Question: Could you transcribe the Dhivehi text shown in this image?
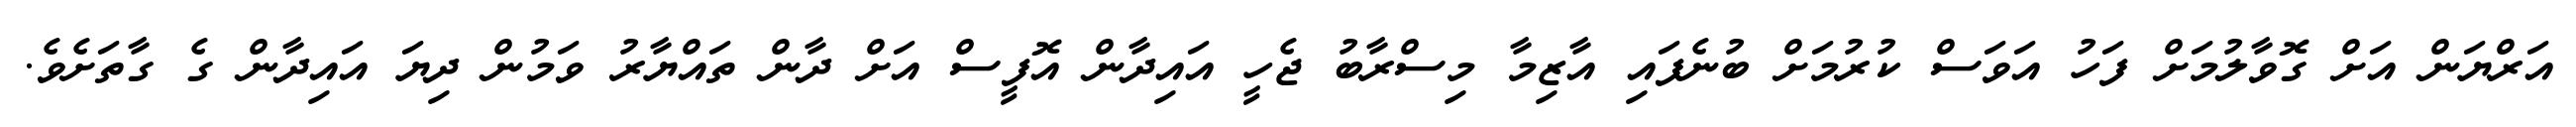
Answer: އަރްޔަން އަށް ގޮވާލުމަށް ފަހު އަވަސް ކުރުމަށް ބުނެފައި އާޒިމާ މިސްރާބު ޖެހީ އައިދާން އޮފީސް އަށް ދާން ތައްޔާރު ވަމުން ދިޔަ އައިދާން ގެ ގާތަށެވެ.